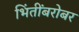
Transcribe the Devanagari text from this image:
भिंतींबरोबर